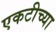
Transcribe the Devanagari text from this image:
एकटीच्या